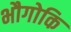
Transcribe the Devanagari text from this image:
भौगोकि